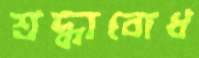
শ্রদ্ধাবোধ